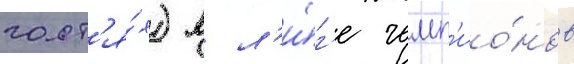
гост'я́х) в л'и́г'е чемп'ио́нов